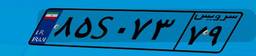
۱۰S۵۵۲۸۱